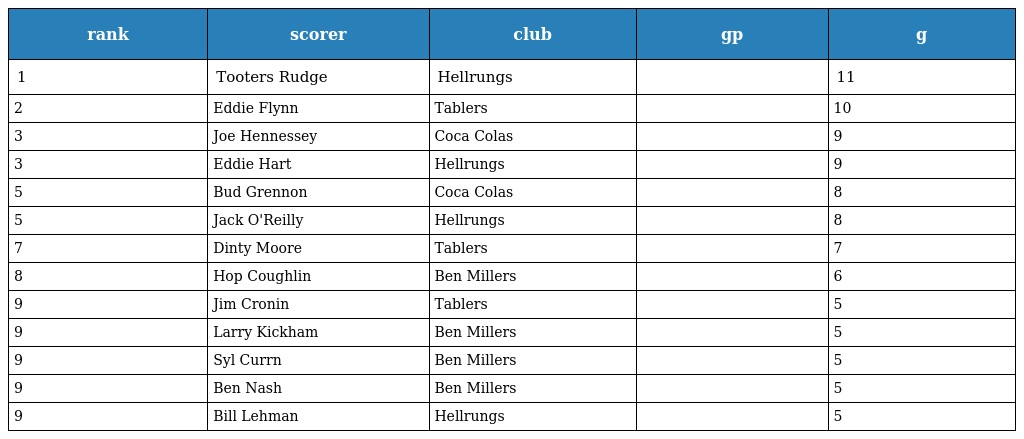
| rank | scorer | club | gp | g |
 | --- | --- | --- | --- | --- |
 | 1 | Tooters Rudge | Hellrungs |  | 11 |
 | 2 | Eddie Flynn | Tablers |  | 10 |
 | 3 | Joe Hennessey | Coca Colas |  | 9 |
 | 3 | Eddie Hart | Hellrungs |  | 9 |
 | 5 | Bud Grennon | Coca Colas |  | 8 |
 | 5 | Jack O'Reilly | Hellrungs |  | 8 |
 | 7 | Dinty Moore | Tablers |  | 7 |
 | 8 | Hop Coughlin | Ben Millers |  | 6 |
 | 9 | Jim Cronin | Tablers |  | 5 |
 | 9 | Larry Kickham | Ben Millers |  | 5 |
 | 9 | Syl Currn | Ben Millers |  | 5 |
 | 9 | Ben Nash | Ben Millers |  | 5 |
 | 9 | Bill Lehman | Hellrungs |  | 5 |